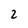
Character: 2